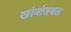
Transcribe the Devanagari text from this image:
खांबांजवळ